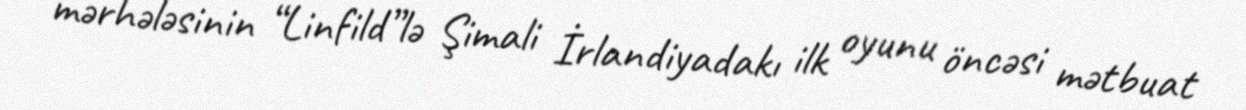
mərhələsinin “Linfild”lə Şimali İrlandiyadakı ilk oyunu öncəsi mətbuat